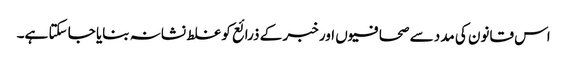
اس قانون کی مدد سے صحافیوں اور خبر کے ذرائع کو غلط نشانہ بنایا جا سکتا ہے۔